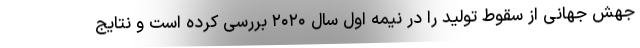
جهش جهانی از سقوط تولید را در نیمه اول سال ۲۰۲۰ بررسی کرده است و نتایج